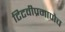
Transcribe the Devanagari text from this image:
टिटवीप्रमाणेच